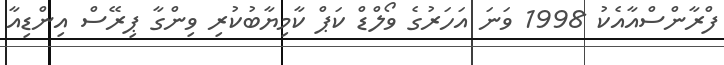
ފްރާންސްއާއެކު 1998 ވަނަ އަހަރުގެ ވޯލްޑް ކަޕް ކާމިޔާބުކުރި ވިންގާ ޕިރޭސް އިންޑިއާ